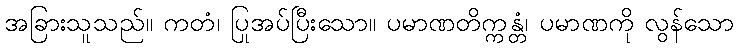
အခြားသူသည်။ ကတံ၊ ပြုအပ်ပြီးသော။ ပမာဏတိက္ကန္တံ၊ ပမာဏကို လွန်သော